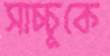
সাচ্চুকে